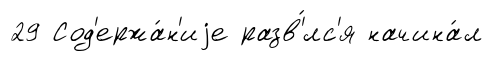
29 Сод'ержа́н'иjе разв'́лс'я начина́л